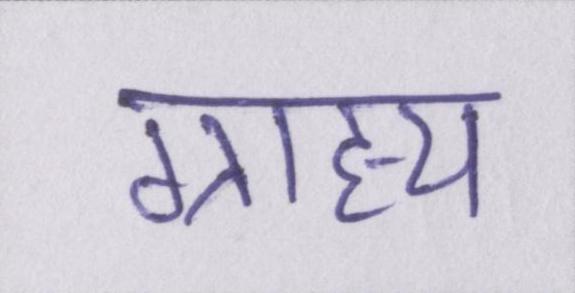
ग्राह्य